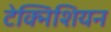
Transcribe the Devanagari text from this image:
टेक्निशियन